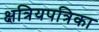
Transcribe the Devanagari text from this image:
क्षत्रियपत्रिका